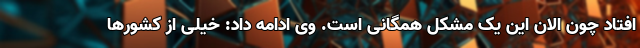
افتاد چون الان این یک مشکل همگانی است. وی ادامه داد: خیلی از کشورها